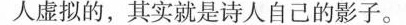
人虚拟的，其实就是诗人自己的影子。